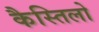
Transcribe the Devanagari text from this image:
कैस्तिलो